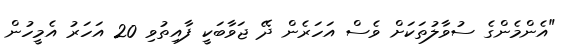
"އެންމެންގެ ސުވާލުތަކަށް ވެސް އަހަރެން ދޭ ޖަވާބަކީ ފާއިތުވި 20 އަހަރު އެމީހުން